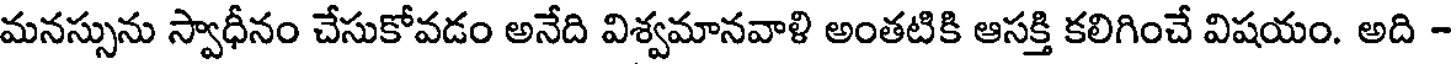
మనస్సును స్వాధీనం చేసుకోవడం అనేది విశ్వమానవాళి అంతటికి ఆసక్తి కలిగించే విషయం. అది -